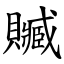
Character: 贓